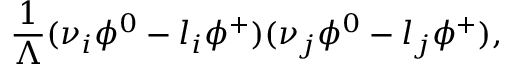
{ \frac { 1 } { \Lambda } } ( \nu _ { i } \phi ^ { 0 } - l _ { i } \phi ^ { + } ) ( \nu _ { j } \phi ^ { 0 } - l _ { j } \phi ^ { + } ) ,